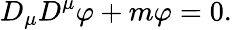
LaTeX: D_{\mu}D^{\mu}\varphi+m\varphi=0.